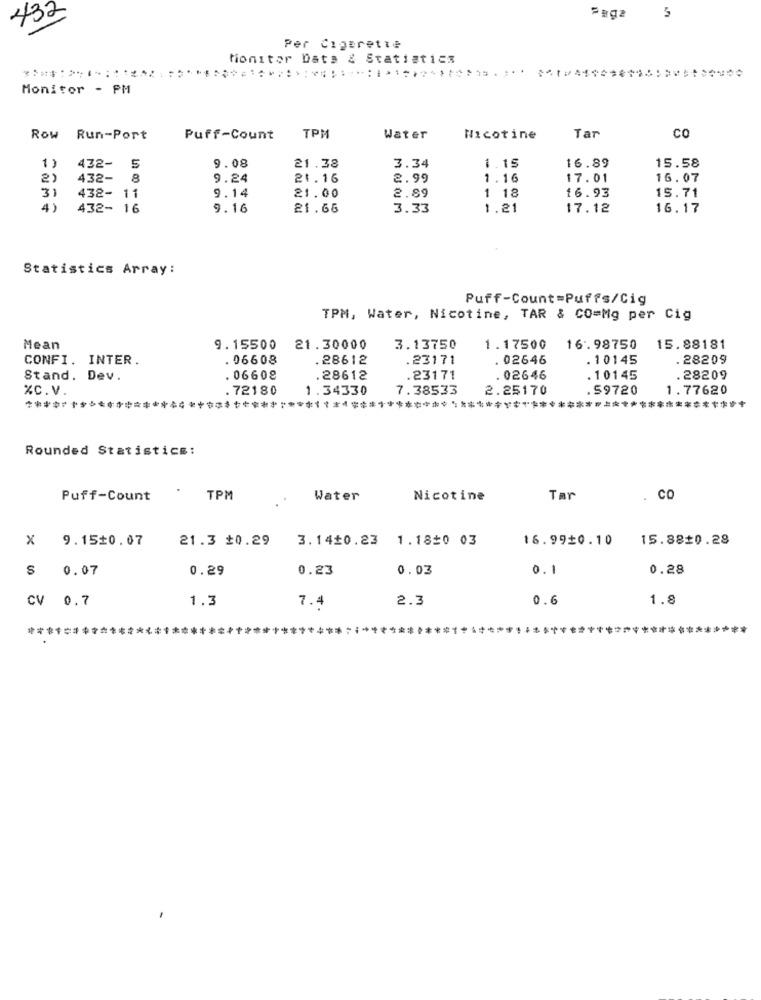
432
5
Per Cigarette
tionitor Data & Statistics
Monitor - PM
Row Run-Port
Puff-Count
TPM
Water
Nicotine
Tar
co
=1
432- 5
9.08
21.38
3.34
1.15
16.89
15.58
2)
432- 8
9.24
21.16
2.99
1.16
17.01
16.07
3)
1 18
438- 11
9.14
21.00
2.89
16.93
15.71
4)
432- 16
9.16
21.66
3.33
1.21
17.12
16.17
Statistics Array:
Puff-Count=Puffs/Cig
TPM, Water, Nicotine, TAR & CO=Mg per Cig
Mean
9.15500
21.30000
3.13750
1.17500
16.98750
15.88181
CONFI. INTER.
. 06608
.28612
.23171
. 02646
.10145
. 28209
Stand. Dev.
. 06608
.28612
.23171
.02646
.10145
.28209
%C.V.
72180
1.34330
7.38533
2.25170
.59720
1.77620
********
**********
Rounded Statistics:
.
Puff-Count
TPM
Water
Nicotine
Tar
. CO
X 9.15$0.07
21.3 $0.29
3.14$0.23 1.1820 03
16.99£0.10
15.88$0.28
$ 0.07
0.29
0.23
0.03
0.1
0.28
CV 0.7
1.3
2.3
0.6
1.8
7.4
****************************************